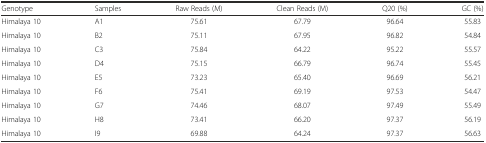
<table><thead><tr><td><b>Genotype</b></td><td><b>Samples</b></td><td><b>Raw Reads (M)</b></td><td><b>Clean Reads (M)</b></td><td><b>Q20 (%)</b></td><td><b>GC (%)</b></td></tr></thead><tbody><tr><td>Himalaya 10</td><td>A1</td><td>75.61</td><td>67.79</td><td>96.64</td><td>55.83</td></tr><tr><td>Himalaya 10</td><td>B2</td><td>75.11</td><td>67.95</td><td>96.82</td><td>54.84</td></tr><tr><td>Himalaya 10</td><td>C3</td><td>75.84</td><td>64.22</td><td>95.22</td><td>55.57</td></tr><tr><td>Himalaya 10</td><td>D4</td><td>75.15</td><td>66.79</td><td>96.74</td><td>55.45</td></tr><tr><td>Himalaya 10</td><td>E5</td><td>73.23</td><td>65.40</td><td>96.69</td><td>56.21</td></tr><tr><td>Himalaya 10</td><td>F6</td><td>75.41</td><td>69.19</td><td>97.53</td><td>54.47</td></tr><tr><td>Himalaya 10</td><td>G7</td><td>74.46</td><td>68.07</td><td>97.49</td><td>55.49</td></tr><tr><td>Himalaya 10</td><td>H8</td><td>73.41</td><td>66.20</td><td>97.37</td><td>56.19</td></tr><tr><td>Himalaya 10</td><td>I9</td><td>69.88</td><td>64.24</td><td>97.37</td><td>56.63</td></tr></tbody></table>